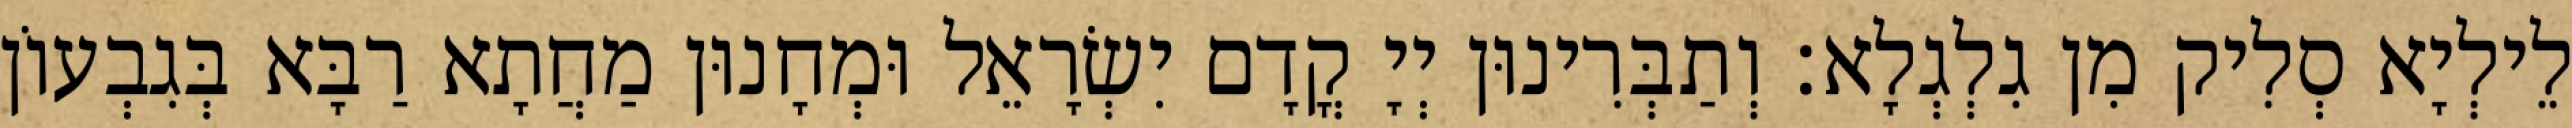
לֵילְיָא סְלִיק מִן גִלְגְלָא׃ וְתַבְּרִינוּן יְיָ קֳדָם יִשְׂרָאֵל וּמְחָנוּן מַחֲתָא רַבָּא בְּגִבְעוֹן